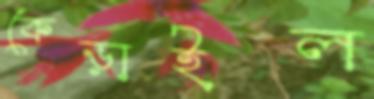
কেড়াইল